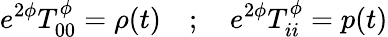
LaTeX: e^{2\phi}T_{00}^{\phi}=\rho(t)\quad;\quad e^{2\phi}T_{ii}^{\phi}=p(t)